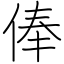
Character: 俸